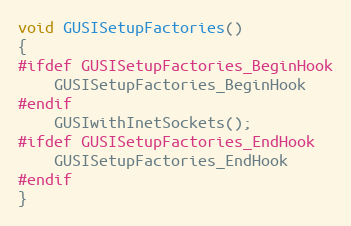
Language: C++
void GUSISetupFactories()
{
#ifdef GUSISetupFactories_BeginHook
	GUSISetupFactories_BeginHook
#endif
	GUSIwithInetSockets();
#ifdef GUSISetupFactories_EndHook
	GUSISetupFactories_EndHook
#endif
}